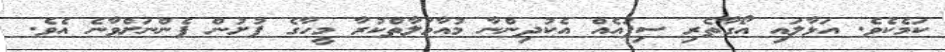
ކަމެކެވެ. އަޅާލައި އޯގާތެރި ސިފައެއް އެކުދިންނާ މުއާމަލާތްކުރާ މީހާގެ ފުށުން ފެންނަށްވާނެ އެވެ.